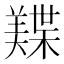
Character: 𬙾